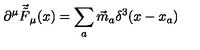
\partial ^ { \mu } \vec { \tilde { F } } _ { \mu } ( x ) = \sum _ { a } { \vec { m } } _ { a } \delta ^ { 3 } ( x - x _ { a } ) \